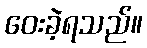
ဝေးခဲ့ရသည်။